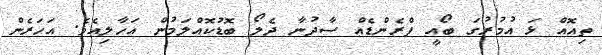
ތިއޮއް ޅަ އުމުރުގަ ބޯއީ ފްރެންޑެއް ސާދުނާ ދެލޯ ބޮޑުކޮއްލަމުން އަހާލިއެވެ. އަހަރެން